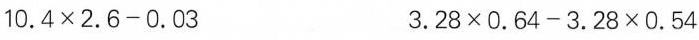
$$10.4\times